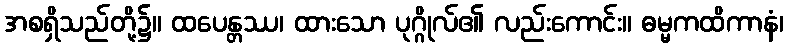
အစရှိသည်တို့၌။ ထပေန္တဿ၊ ထားသော ပုဂ္ဂိုလ်၏ လည်းကောင်း။ ဓမ္မကထိကာနံ၊